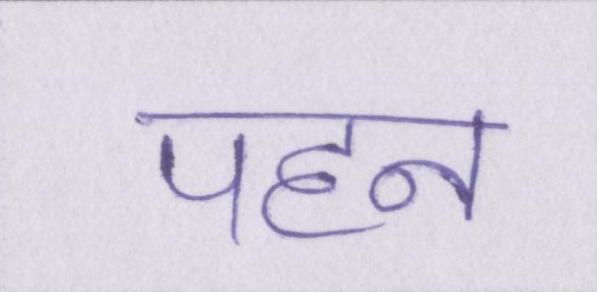
पहन